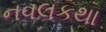
નવલકથા